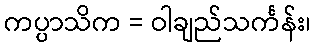
ကပ္ပာသိက = ဝါချည်သင်္ကန်း၊